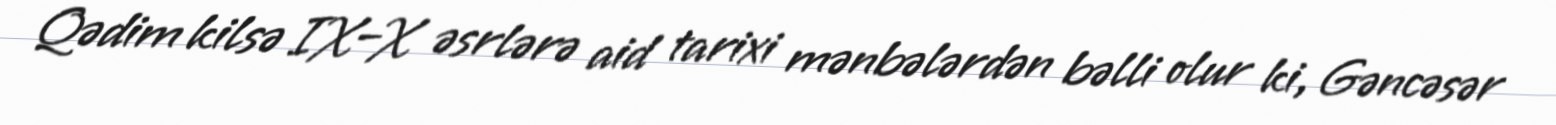
Qədim kilsə IX–X əsrlərə aid tarixi mənbələrdən bəlli olur ki, Gəncəsər